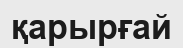
қарырғай